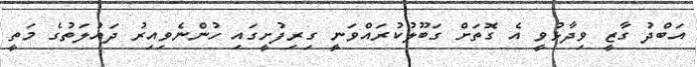
އަބްދު ގާޒީ ވިދާޅުވީ އެ ގޮތަށް ގަބޫލުކުރައްވަނީ ގިރިފުށީގައި ހުންނެވިއިރު ދައުލަތުގެ މަތީ